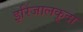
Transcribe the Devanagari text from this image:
इरिंजालकूदा